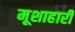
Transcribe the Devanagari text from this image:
मूशाहारी